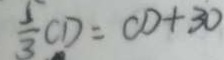
\frac { 5 } { 3 } C D = C D + 3 0